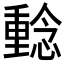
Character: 𱟔